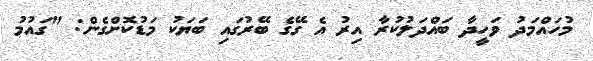
މުހައްމަދު ވަހީދާ ބައްދަލުކުރާ އިރު އެ ގޭގެ ބޭރުގައި ބަޔަކު މަޑުކޮށްގެން: "ގައުމު